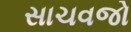
સાચવજો